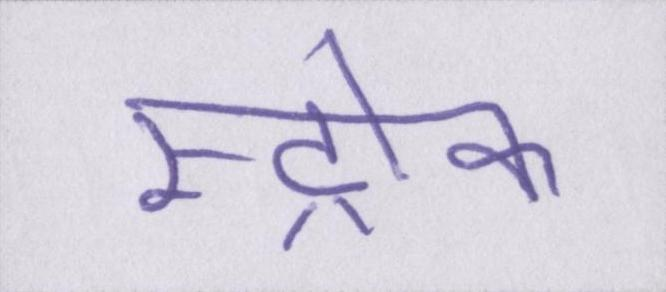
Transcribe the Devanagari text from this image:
स्ट्रोक